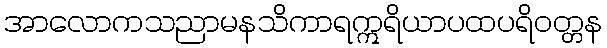
အာလောကသညာမနသိကာရဣရိယာပထပရိဝတ္တန